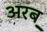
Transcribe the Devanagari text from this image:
अरब़